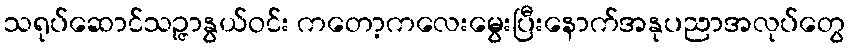
သရုပ်ဆောင်သဉ္ဇာနွယ်ဝင်း ကတော့ကလေးမွေးပြီးနောက်အနုပညာအလုပ်တွေ